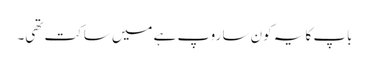
باپ کا یہ کون سا روپ ہے میں ساکت تھی۔